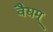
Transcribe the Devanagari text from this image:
वैद्यम्